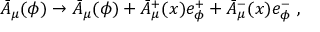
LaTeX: \bar { A } _ { \mu } ( \phi ) \rightarrow \bar { A } _ { \mu } ( \phi ) + \bar { A } _ { \mu } ^ { + } ( x ) e _ { \phi } ^ { + } + \bar { A } _ { \mu } ^ { - } ( x ) e _ { \phi } ^ { - } \ ,